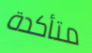
متأكدة